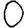
Digit: 0